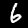
Label: 6